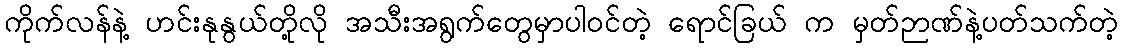
ကိုက်လန်နဲ့ ဟင်းနုနွယ်တို့လို အသီးအရွက်တွေမှာပါဝင်တဲ့ ရောင်ခြယ် က မှတ်ဉာဏ်နဲ့ပတ်သက်တဲ့